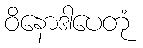
ဝိနောဒါပေတုံ